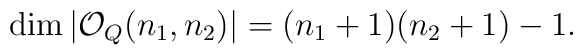
\dim |{\mathcal O}_{Q}(n_1,n_2)|=(n_1+1)(n_2+1)-1.